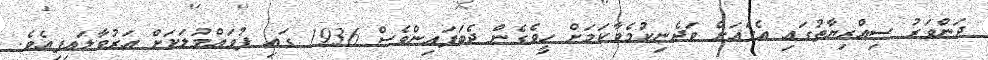
ދަންވަރު ސިއްރިޔާތުގައި އެގެއަށް ވަދެނިކުމެވާކަމަށް ހީވެގެން ދެބަފައިންވެސް 1936 ގައި ފުވައްމުލަކަށް އަރުވާލައިފިއެވެ.